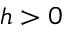
h > 0